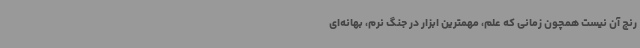
رنج آن نیست همچون زمانی که علم، مهمترین ابزار در جنگ نرم، بهانه‌ای